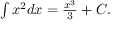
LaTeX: \textstyle \int x ^ { 2 } d x = { \frac { x ^ { 3 } } { 3 } } + C .